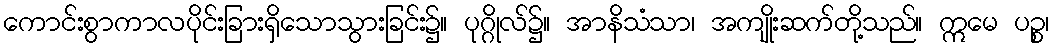
ကောင်းစွာကာလပိုင်းခြားရှိသောသွားခြင်း၌။ ပုဂ္ဂိုလ်၌။ အာနိသံသာ၊ အကျိုးဆက်တို့သည်။ ဣမေ ပဉ္စ၊